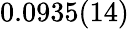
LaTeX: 0.0935(14)